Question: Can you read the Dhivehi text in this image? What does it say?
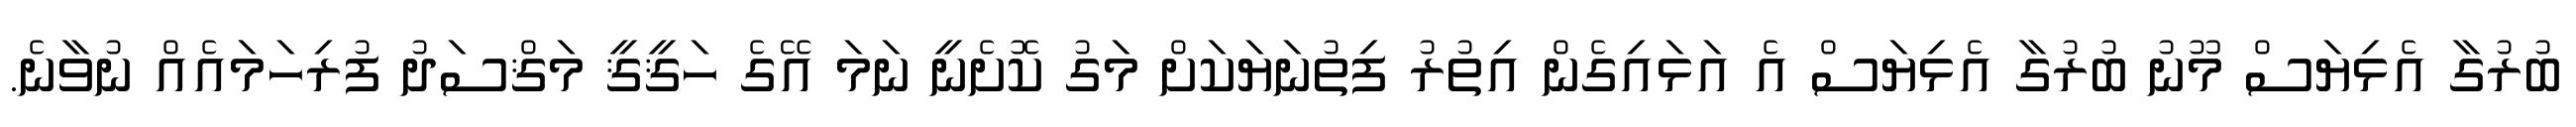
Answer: ބުރުގާ އެޅިޔަސް މޫނު ބުރުގާ އެޅިޔަސް އެ އަޅައިގެން އިތުރު ފިތުނަޔަކަށް މަގު ކޮށެނީ ނަމަ އޭގެ ހަޤީޤީ މަޤްސަދު ފުރިހަމައެއް ނުވާނެ.